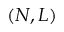
( N , L )